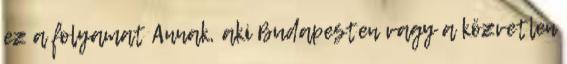
ez a folyamat Annak, aki Budapesten vagy a közvetlen